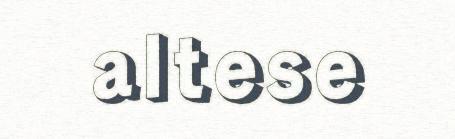
altese